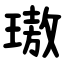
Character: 璈